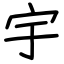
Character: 宇